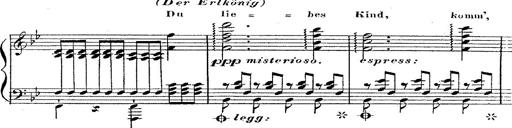
Title: 12 Lieder von Franz Schubert
Composer: Franz Liszt